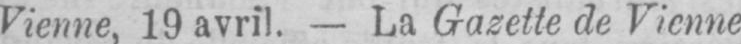
Vienne, 19 avril. - La Gazette de Vienne